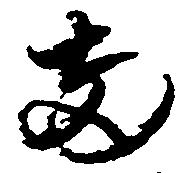
両